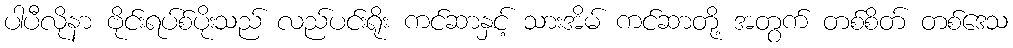
ပါပီလိုနာ ဗိုင်းရပ်စ်ပိုးသည် လည်ပင်းရိုး ကင်ဆာနှင့် သားအိမ် ကင်ဆာတို့ အတွက် တစ်စိတ် တစ်ဒေသ